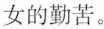
女的勤苦。